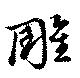
雕